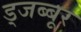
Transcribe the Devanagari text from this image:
ड्जब्बूर